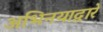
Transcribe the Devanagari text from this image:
अभिनयाद्वारे